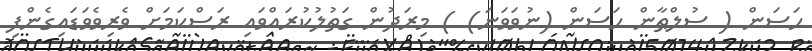
ޙަސަން ( ސުލްޠާން ޙަސަން (ނުވަވަނަ) ) މިރަދުން ގަތުލުކުރައްވައި ރަސްކަމަށް ވެރިވެވަޑައިގެންފި